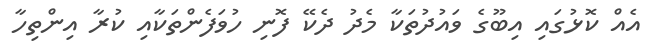
އެއް ކޮޅުގައި އިބޫގެ ވައުދުތަކާ މެދު ދެކޭ ފޮނި ހުވަފެންތަކާއި ކުރާ އިންތިހާ